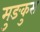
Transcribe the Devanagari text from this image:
मुङकुस